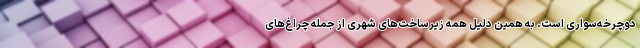
دوچرخه‌سواری است. به همین دلیل همه زیرساخت‌های شهری از جمله چراغ‌های